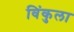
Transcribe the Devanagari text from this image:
विंकुला